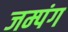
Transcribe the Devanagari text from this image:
जम्पंग